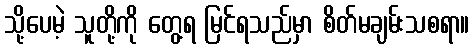
သို့ပေမဲ့ သူတို့ကို တွေ့ရ မြင်ရသည်မှာ စိတ်မချမ်းသစရာ။